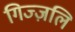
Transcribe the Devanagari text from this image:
गिज्ज़लि